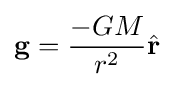
\mathbf {g} ={\frac {-GM}{r^{2}}}{\hat {\mathbf {r} }}